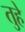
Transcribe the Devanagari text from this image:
तुहे